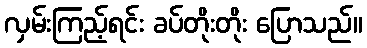
လှမ်းကြည့်ရင်း ခပ်တိုးတိုး ပြောသည်။